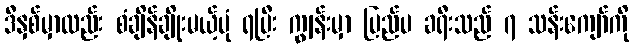
ဒီနှစ်မှာလည်း စံချိန်ချိုးမယ့်ပုံ ရပြီး ကျွန်းမှာ ပြည်ပ ခရီးသည် ၇ သန်းကျော်ကို